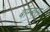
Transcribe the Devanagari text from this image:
बॉम्बस्